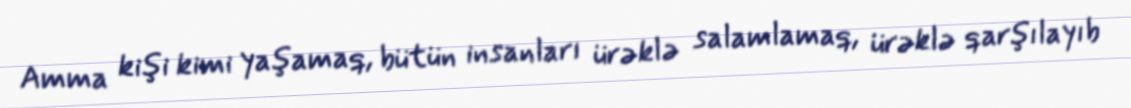
Amma kişi kimi yaşamaq, bütün insanları ürəklə salamlamaq, ürəklə qarşılayıb